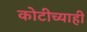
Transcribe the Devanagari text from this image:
कोटीच्याही